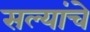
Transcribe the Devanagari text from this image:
सल्यांचे